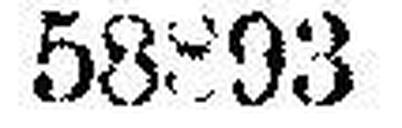
58893